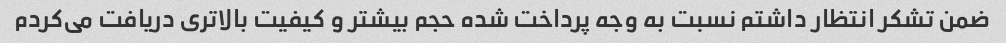
ضمن تشکر انتظار داشتم نسبت به وجه پرداخت شده حجم بیشتر و کیفیت بالاتری دریافت می‌کردم